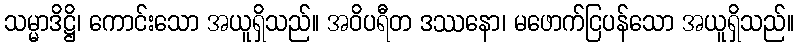
သမ္မာဒိဋ္ဌိ၊ ကောင်းသော အယူရှိသည်။ အဝိပရီတ ဒဿနော၊ မဖောက်ငြပန်သော အယူရှိသည်။